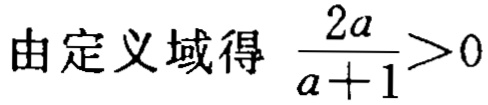
由定义域得 \(\frac{2a}{a + 1}>0\)